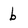
Character: b